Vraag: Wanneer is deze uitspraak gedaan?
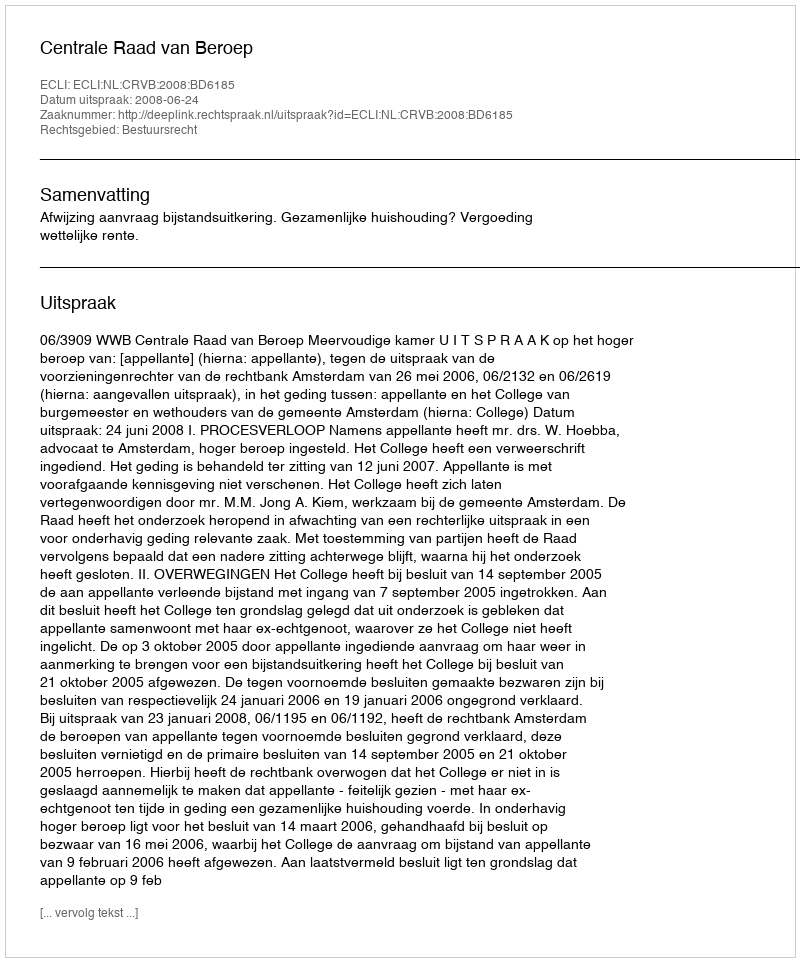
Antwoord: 2008-06-24